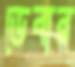
ডেবার